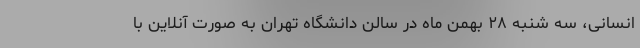
انسانی، سه شنبه ۲۸ بهمن ماه در سالن دانشگاه تهران به صورت آنلاین با